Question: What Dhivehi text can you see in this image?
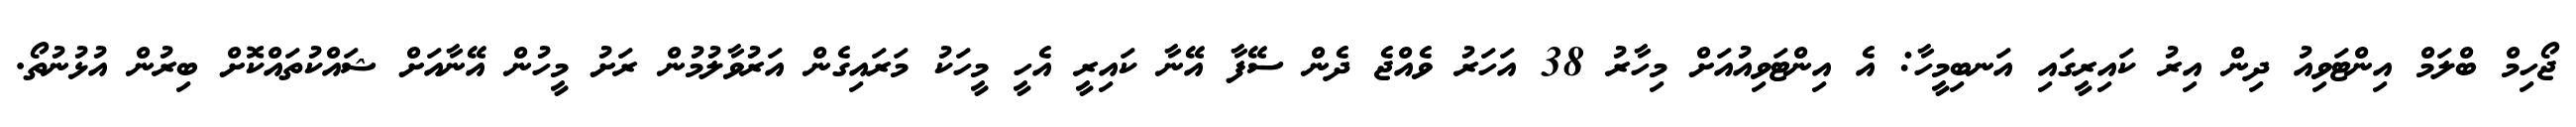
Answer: ޖޯހިމް ބްލަމް އިންޓަވިއު ދިން އިރު ކައިރީގައި އަނބިމީހާ: އެ އިންޓަވިއުއަށް މިހާރު 38 އަހަރު ވެއްޖެ ދެން ސޭފާ އޭނާ ކައިރީ އެހީ މީހަކު މަރައިގެން އަރުވާލުމުން ރަށު މީހުން އޭނާއަށް ޝައްކުތައްކޮށް ބިރުން އުޅުނުތޯ.